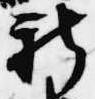
新